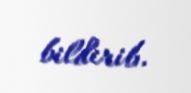
bildirib.